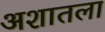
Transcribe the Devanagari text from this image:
अशातला